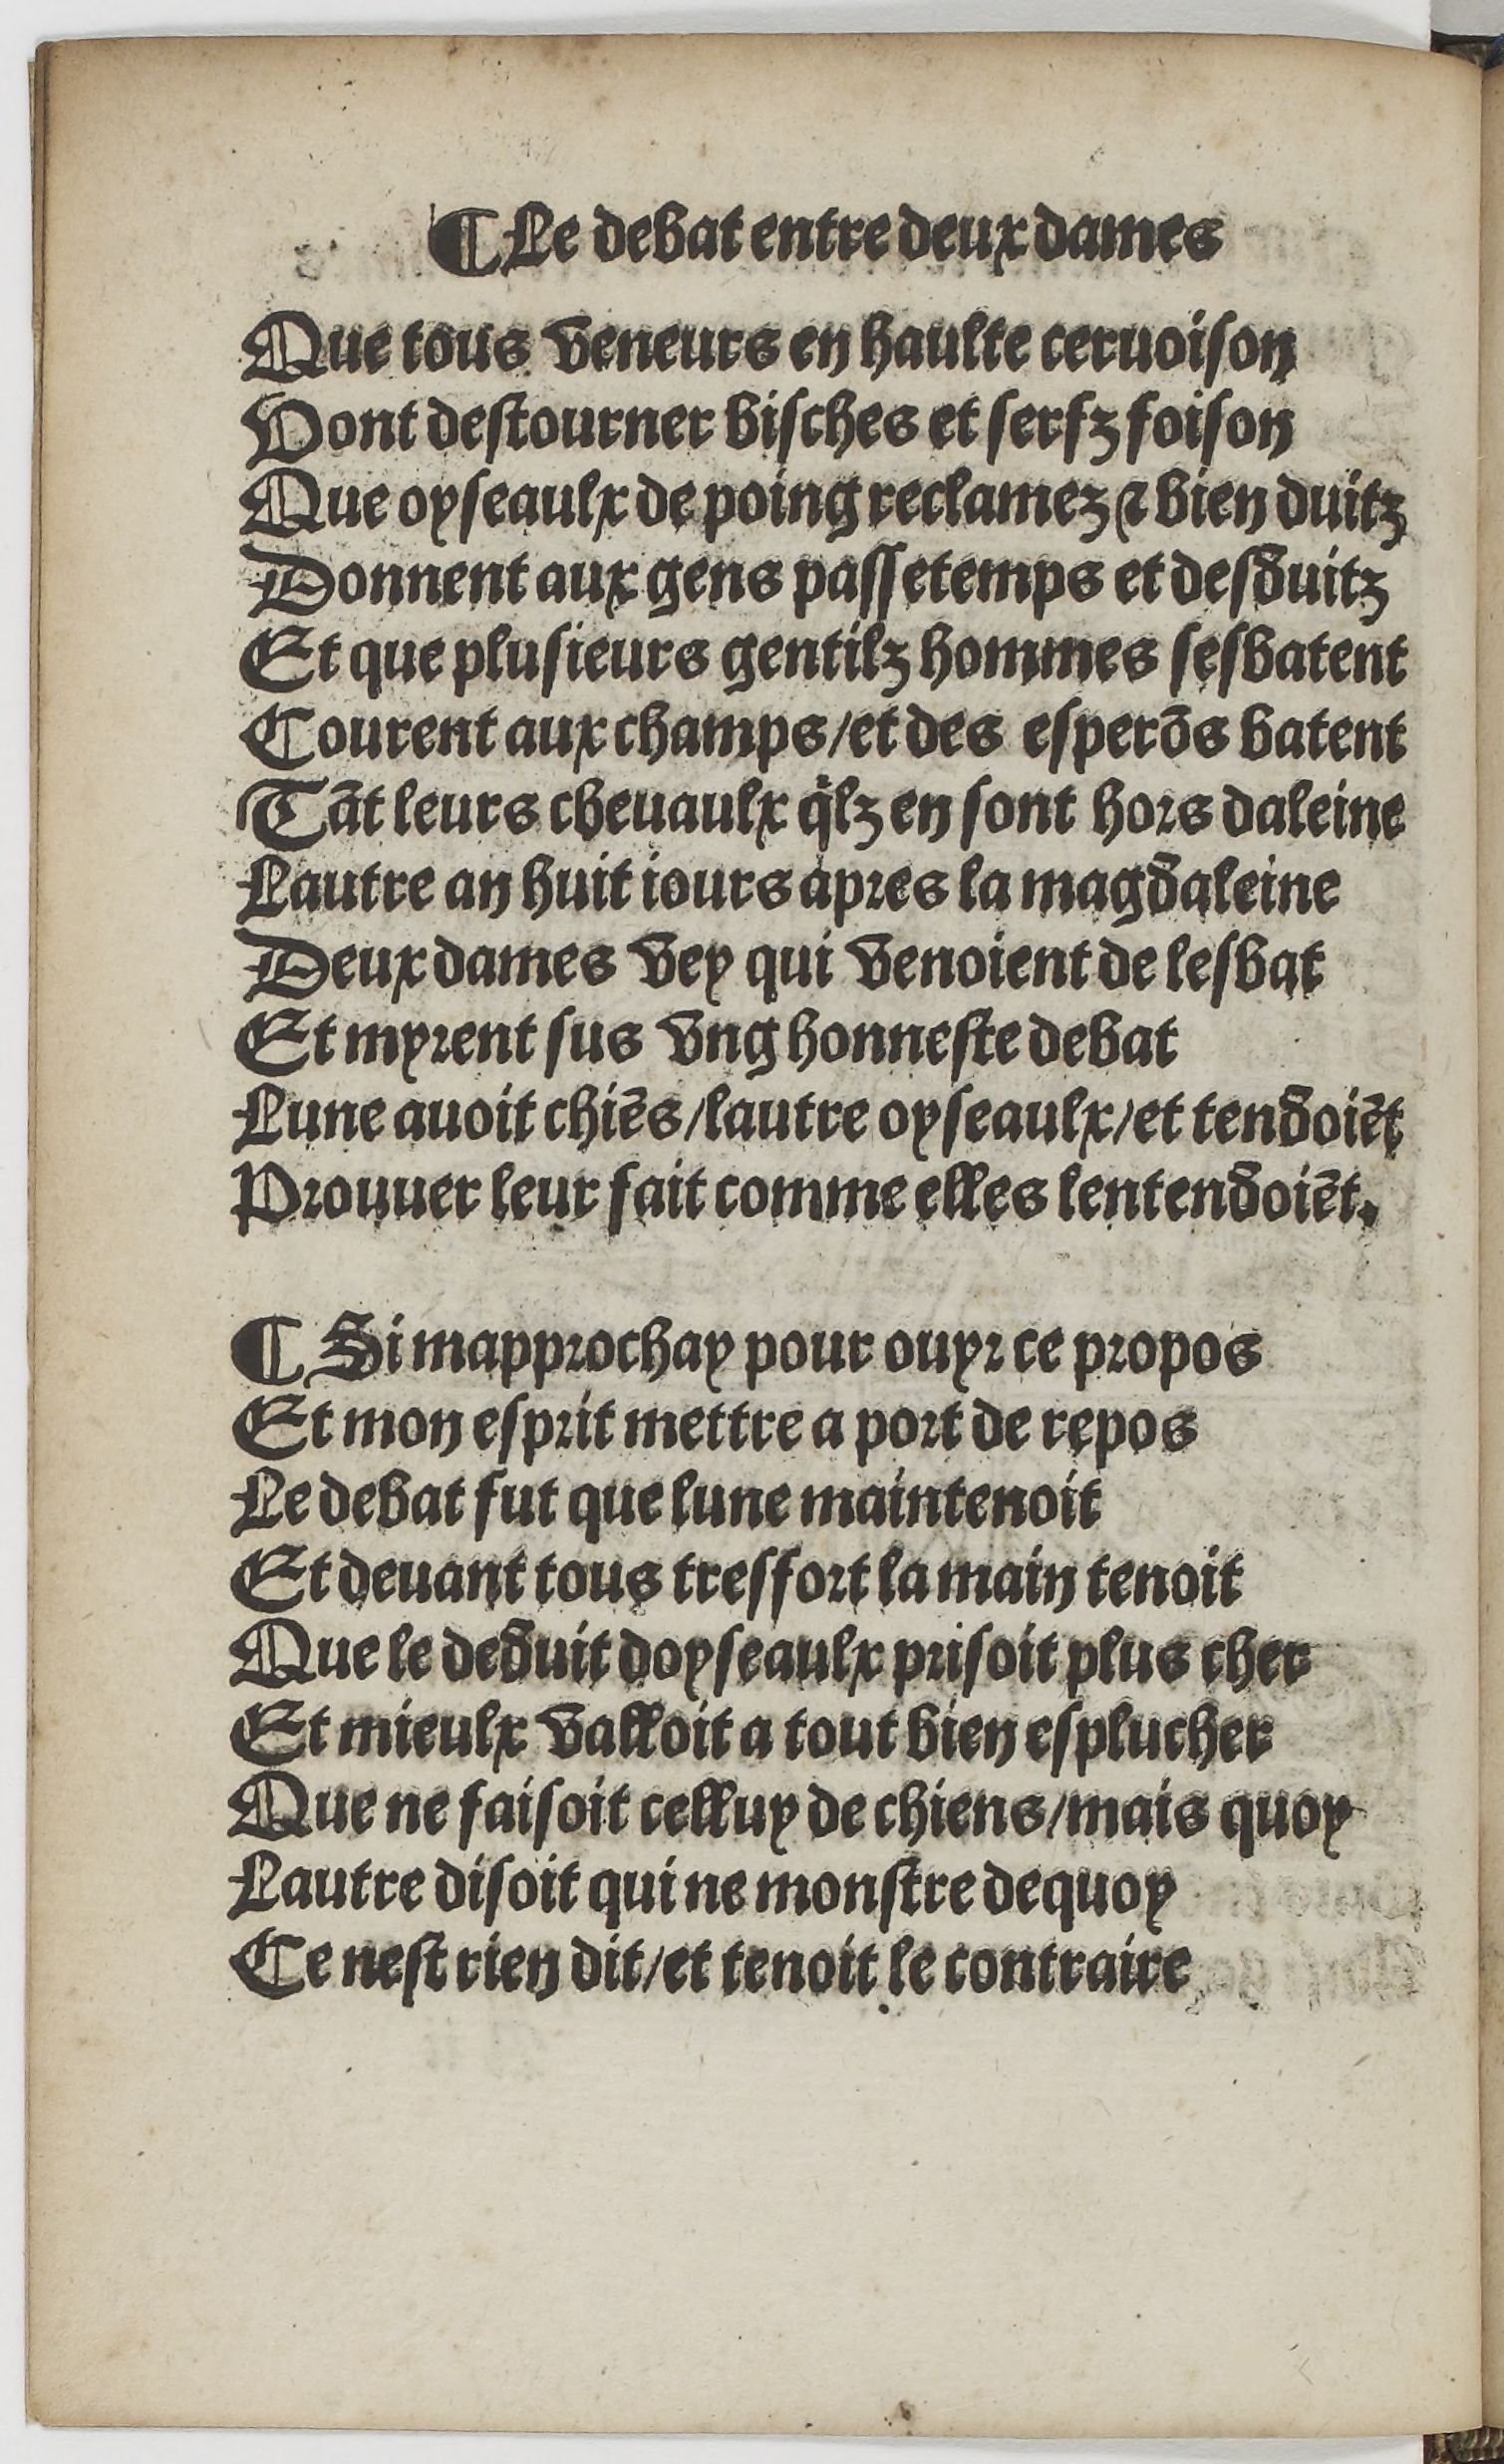
Shelfmark: Paris, BnF, Rés. YE-1395
Century: 16